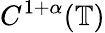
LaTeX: C^{1+\alpha}(\mathbb{T})